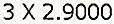
3 X 2.9000